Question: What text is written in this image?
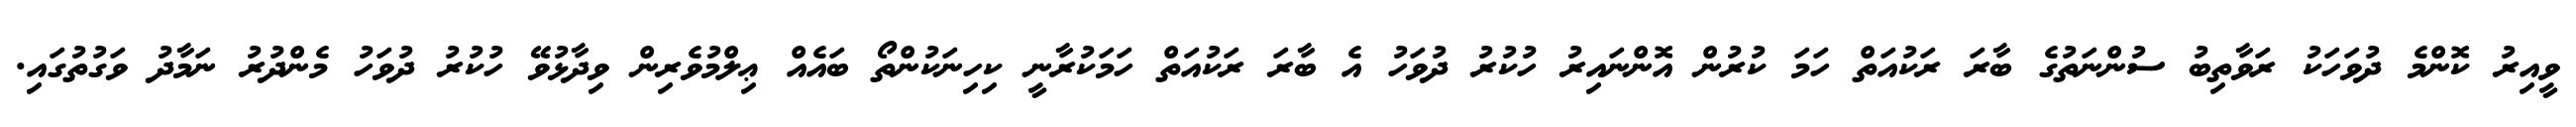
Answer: ވީއިރު ކޮންމެ ދުވަހަކު ރަވާތިބު ސުންނަތުގެ ބާރަ ރަކުއަތް ހަމަ ކުރުން އޮންނައިރު ހުކުރު ދުވަހު އެ ބާރަ ރަކުއަތް ހަމަކުރާނީ ކިހިނަކުންތޯ ބައެއް ޢިލްމުވެރިން ވިދާޅުވޭ ހުކުރު ދުވަހު މެންދުރު ނަމާދު ވަގުތުގައި.